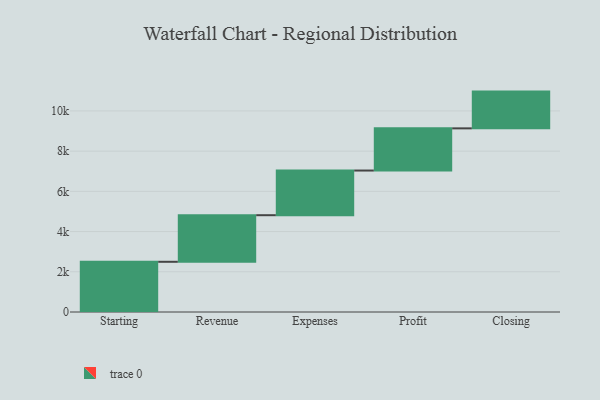
{"axis": {"x": "Step", "y": "Value"}, "legend": [""], "data": [{"x": "Starting", "y": 2497.0, "type": ""}, {"x": "Revenue", "y": 2317.0, "type": ""}, {"x": "Expenses", "y": 2221.0, "type": ""}, {"x": "Profit", "y": 2098.0, "type": ""}, {"x": "Closing", "y": 1828.0, "type": ""}]}